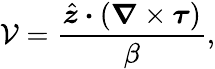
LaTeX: \mathcal{V}=\frac{{\hat{{\boldsymbol{z}}}\boldsymbol{\cdot}(\boldsymbol{\nabla}\times\boldsymbol{\tau})}}{{\beta}},